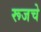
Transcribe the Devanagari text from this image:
रूजचे